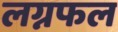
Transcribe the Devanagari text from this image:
लग्नफल